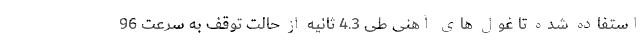
استفاده شده تا غول های آهنی طی 4.3 ثانیه از حالت توقف به سرعت 96